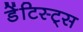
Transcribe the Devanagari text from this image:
डेंटिस्ट्स